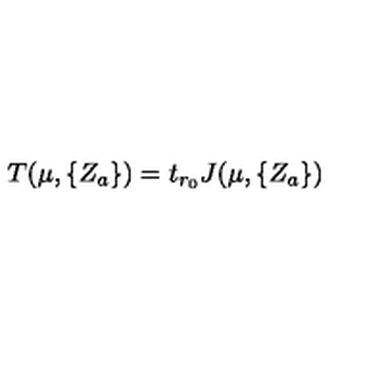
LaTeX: T ( \mu , \{ Z _ { a } \} ) = t _ { r _ { 0 } } J ( \mu , \{ Z _ { a } \} )